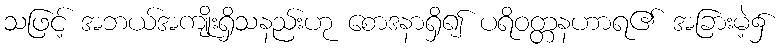
သဖြင့် အဘယ်အကျိုးရှိသနည်းဟု စောဒနာရှိ၍ ပရိဝတ္တနဟာရ၏ အခြားမဲ့၌